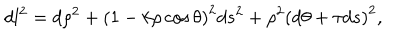
d l ^ { 2 } = d \rho ^ { 2 } + \left( 1 - k \rho \cos \theta \right) ^ { 2 } d s ^ { 2 } + \rho ^ { 2 } \left( d \theta + \tau d s \right) ^ { 2 } ,